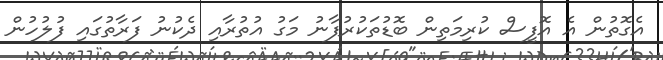
އެގޮތުން އެ އޮފީސް ކުރިމަތިން ބޮޑުތަކުރުފާނު މަގު އުތުރާއި ދެކުނު ފަރާތުގައި ފުލުހުން